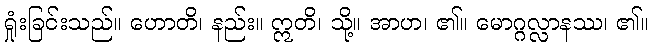
ရှုံးခြင်းသည်။ ဟောတိ၊ နည်း။ ဣတိ၊ သို့။ အာဟ၊ ၏။ မောဂ္ဂလ္လာနဿ၊ ၏။